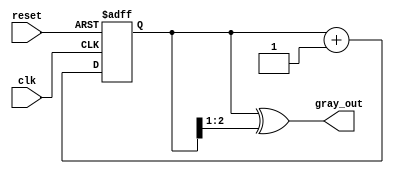
module gray_code_counter (
    input wire clk,
    input wire reset,
    output reg [2:0] gray_out
);

    reg [2:0] binary_count; // 3-bit binary counter

    // Convert binary to Gray code
    function [2:0] binary_to_gray(input [2:0] binary);
        begin
            binary_to_gray = binary ^ (binary >> 1);
        end
    endfunction

    // Sequential process for counting
    always @(posedge clk or posedge reset) begin
        if (reset) begin
            // Asynchronous reset to 0
            binary_count <= 3'b000;
        end else begin
            // Increment binary count
            binary_count <= binary_count + 1;
        end
    end

    // Update Gray code output
    always @(binary_count) begin
        gray_out <= binary_to_gray(binary_count);
    end

endmodule